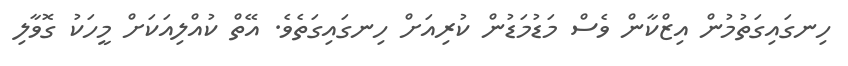
ހިނގައިގަތުމުން އިޒްކާން ވެސް މަޑުމަޑުން ކުރިއަށް ހިނގައިގަތެވެ. އޭތް ކުއްލިއަކަށް މީހަކު ގޮވާލި